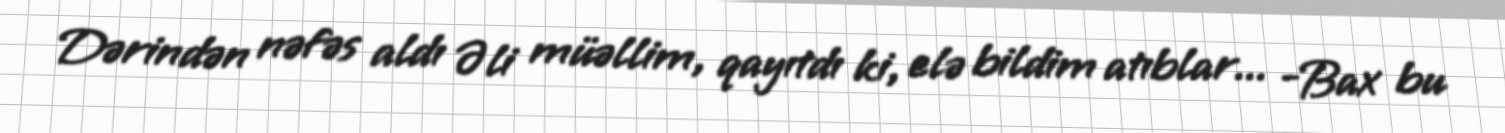
Dərindən nəfəs aldı Əli müəllim, qayıtdı ki, elə bildim atıblar... -Bax bu